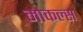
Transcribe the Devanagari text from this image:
माकल्स